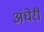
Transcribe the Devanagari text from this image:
अंधेंरी